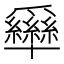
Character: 𰠊